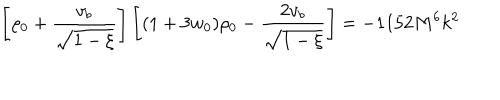
\left[ \rho _ { 0 } + \frac { v _ { b } } { \sqrt { 1 - \xi } } \right] \left[ ( 1 + 3 w _ { 0 } ) \rho _ { 0 } - \frac { 2 v _ { b } } { \sqrt { 1 - \xi } } \right] = - 1 1 5 2 M ^ { 6 } k ^ { 2 }